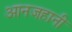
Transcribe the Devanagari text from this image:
आनजहानी